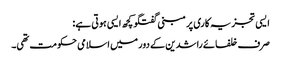
ایسی تجزیہ کاری پر مبنی گفتگو کچھ ایسی ہوتی ہے:
صرف خلفائے راشدین کے دور میں اسلامی حکومت تھی۔